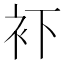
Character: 𧘔